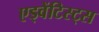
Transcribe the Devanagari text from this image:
एड्वेंटिस्ट्स